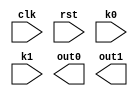
module FSM #(parameter STATE_NUM = 4)
(
	input clk,rst ,
	input k0,k1,
	output  out0,out1	
);

//initial state &  to change number (one_hot) 
	reg[3 : 0] 	state, next_state;
	localparam s_0 = 4'h1;
	localparam s_1 = 4'h2;
	localparam s_2 = 4'h4;
	localparam s_3 = 4'h8;

always@(posedge clk) begin
	if(rst) state <= s_0;
	else 	state <= next_state;
end

//state change
always@(*) begin
	next_state = 4'bxxxx;
	case(state)
	s_0:begin    //if + else if to change state by all input (real value) singal
		if(k0) next_state = s_1;
		else if(k1) next_state = s_2;
	    end
	s_1:begin
		if(k0) next_state = s_2;
		else if(k1) next_state = s_0;
	    end
	s_2:begin
		if(k0) next_state = s_3;
		else if(k1) next_state = s_1;
	    end
	s_3:begin	
		if(k0) next_state = s_2;
		else if(k1) next_state = s_0;
	    end
	default: next_state = 4'bxxxx;
	endcase
end

//output
assign out_0 = (state == s_2) || (state == s_3);//state output
assign out_1 = k0 && (state == s_2);//process output
endmodule